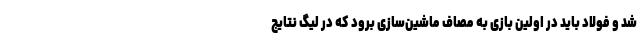
شد و فولاد باید در اولین بازی به مصاف ماشین‌سازی برود که در لیگ نتایج